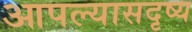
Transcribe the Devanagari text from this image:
आपल्यासदृष्य